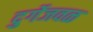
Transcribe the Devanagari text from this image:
दुर्गेजवळ